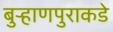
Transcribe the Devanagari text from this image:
बुऱ्हाणपुराकडे